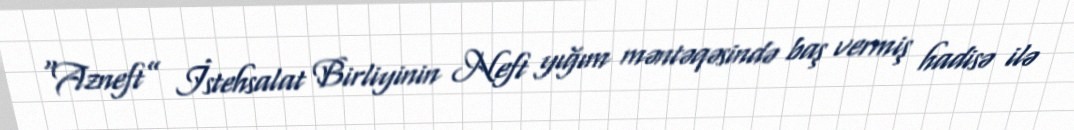
“Azneft” İstehsalat Birliyinin Neft yığım məntəqəsində baş vermiş hadisə ilə